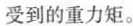
受到的重力矩。